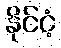
နိုင်ငံ့